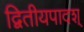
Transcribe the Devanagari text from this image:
द्वितीयपादश्